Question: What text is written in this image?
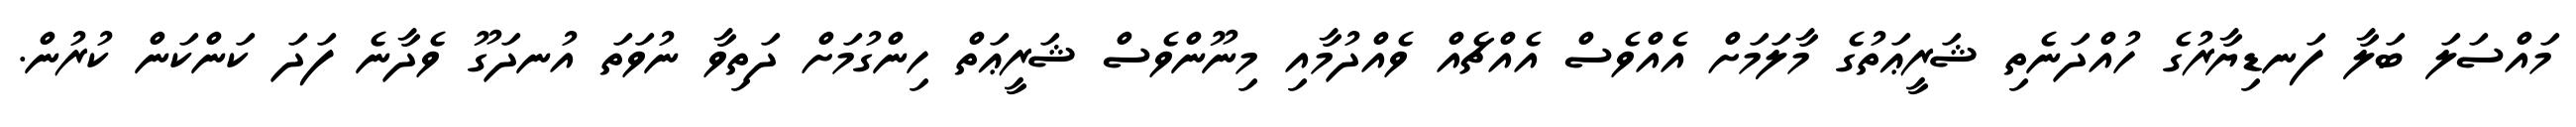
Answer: މައްސަލަ ބަލާ ފަނޑިޔާރުގެ ހުއްދަނެތި ޝަރީޢަތުގެ މާލަމަށް އެއްވެސް އެއްޗެއް ވެއްދުމާއި މިނޫންވެސް ޝަރީޢަތް ހިންގުމަށް ދަތިވާ ނުވަތަ އުނދަގޫ ވެދާނެ ފަދަ ކަންކަން ކުރުން.